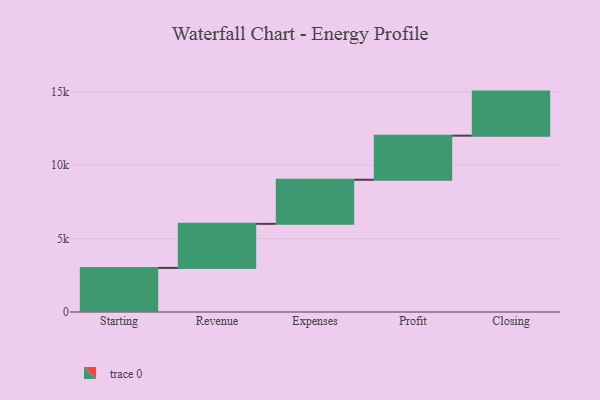
{"axis": {"x": "Step", "y": "Value"}, "legend": [""], "data": [{"x": "Starting", "y": 3000, "type": ""}, {"x": "Revenue", "y": 3000, "type": ""}, {"x": "Expenses", "y": 3000, "type": ""}, {"x": "Profit", "y": 3000, "type": ""}, {"x": "Closing", "y": 3000, "type": ""}]}